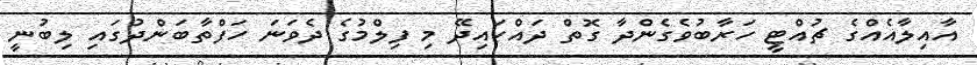
އާއިލާއެއްގެ ޗުއްޓީ ހަރާބުވެގެންދާ ގޮތް ދައްކައިދޭ މި ފިލްމުގެ ދެވަނަ ހަފްތާބަންދުގައި ލިބުނީ